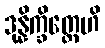
ဒုန္နိက္ခိတ္တေဟိ